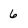
Character: 6